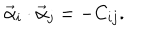
\vec { \alpha } _ { i } \cdot \vec { \alpha } _ { j } = - C _ { i j } .